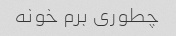
چطوری برم خونه